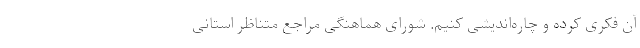
آن فکری کرده و چاره‌اندیشی کنیم. شورای هماهنگی مراجع متناظر استانی